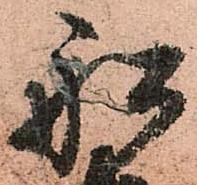
舩